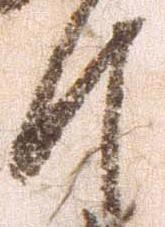
月